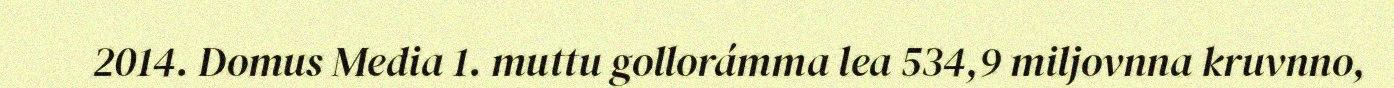
2014. Domus Media 1. muttu gollorámma lea 534,9 miljovnna kruvnno,